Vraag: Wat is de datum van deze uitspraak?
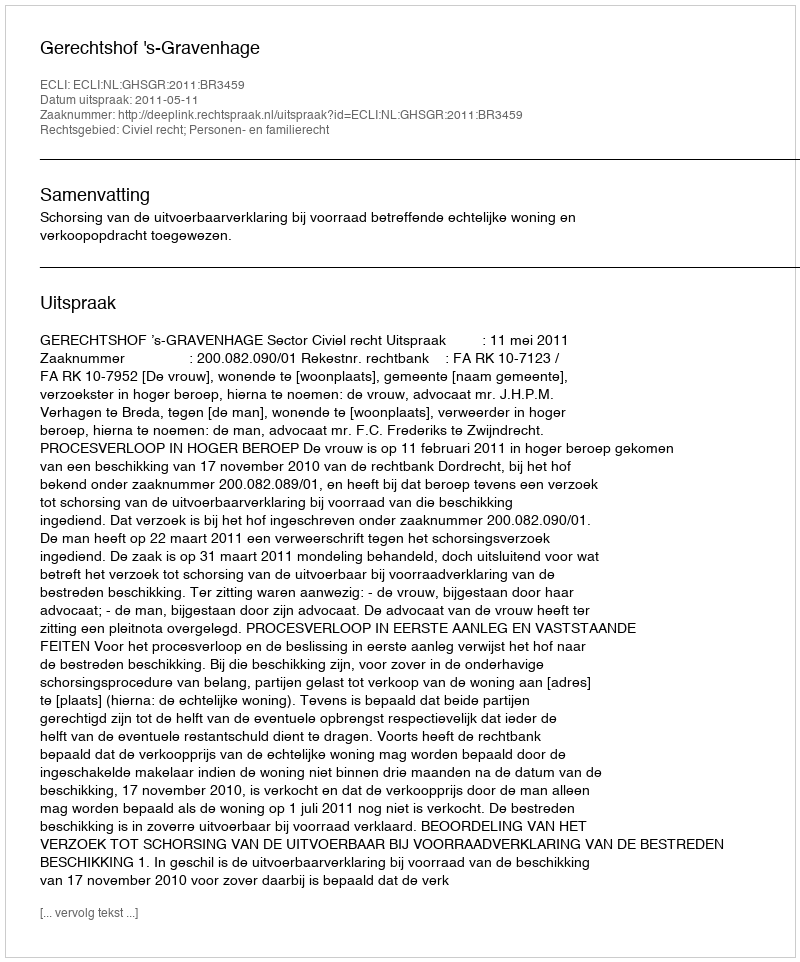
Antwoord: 2011-05-11